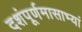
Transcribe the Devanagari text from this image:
दशंपूर्णमासाभ्यां